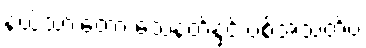
နယ်သားတော့ သေနတ်နှင့် ပစ်အသတ်ပဲ